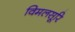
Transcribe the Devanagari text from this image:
विमलसूरि